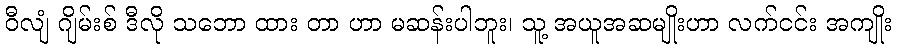
ဝီလျံ ဂျိမ်းစ် ဒီလို သဘော ထား တာ ဟာ မဆန်းပါဘူး၊ သူ့ အယူအဆမျိုးဟာ လက်ငင်း အကျိုး